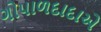
ગોપાળદાદાએ